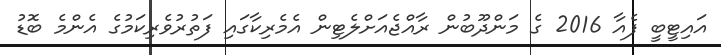
އައިޓީބީ ފެއާ 2016 ގެ މަންދޫބުން ރާއްޖެއަށްލެޓިން އެމެރިކާގައި ފަތުރުވެރިކަމުގެ އެންމެ ބޮޑު